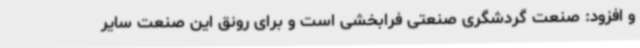
و افزود: صنعت گردشگری صنعتی فرابخشی است و برای رونق این صنعت سایر